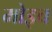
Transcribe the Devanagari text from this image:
मोइच